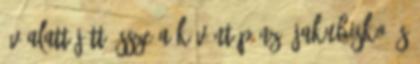
év alatt jött össze a kívánt pénz. Jakubisko és